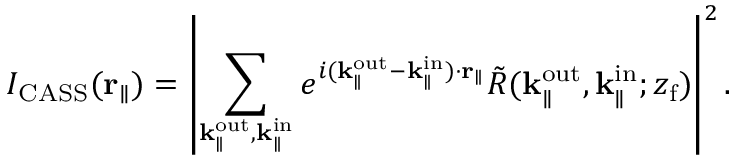
I _ { \mathrm { C A S S } } ( \mathbf { r } _ { \parallel } ) = \left| \sum _ { \mathbf { k } _ { \parallel } ^ { \mathrm { o u t } } , \mathbf { k } _ { \parallel } ^ { \mathrm { i n } } } e ^ { i ( \mathbf { k } _ { \parallel } ^ { \mathrm { o u t } } - \mathbf { k } _ { \parallel } ^ { \mathrm { i n } } ) \cdot \mathbf { r } _ { \parallel } } \Tilde { R } ( { \mathbf { k } _ { \parallel } ^ { \mathrm { o u t } } } , \mathbf { k } _ { \parallel } ^ { \mathrm { i n } } ; { z _ { \mathrm { f } } } ) \right| ^ { 2 } .